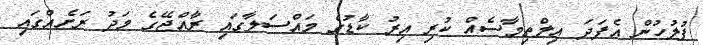
ފުލުހުން އެފަދަ އިލްތިމާސެއް ކުރި އިރު ކާޑުގެ މައްސަލާގައި ރާއްޖޭގެ މަދު ރަށެއްގައި